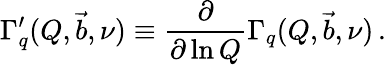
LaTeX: \Gamma_{q}^{\prime}(Q,\vec{b},\nu)\equiv\frac{\partial}{\partial\ln Q}\Gamma_{q}(Q,\vec{b},\nu)\, .